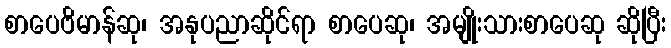
စာပေဗိမာန်ဆု၊ အနုပညာဆိုင်ရာ စာပေဆု၊ အမျိုးသားစာပေဆု ဆိုပြီး